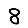
Digit: 8